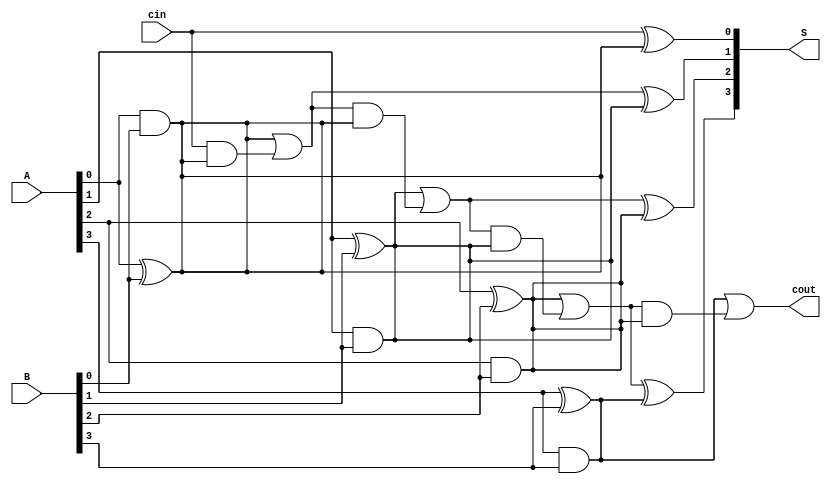
module Lab2_4_bit_CLA_gate(input [3:0] A, B, input cin, output [3:0] S, output cout);

    wire [3:0] P, G, C, C1;

    xor #(4) xor1(P[0], A[0], B[0]);
    xor #(4) xor2(P[1], A[1], B[1]);
    xor #(4) xor3(P[2], A[2], B[2]);
    xor #(4) xor4(P[3], A[3], B[3]);

    and #(2) and1(P[0], A[0], B[0]);
    and #(2) and2(P[1], A[1], B[1]);
    and #(2) and3(P[2], A[2], B[2]);
    and #(2) and4(P[3], A[3], B[3]);

    and #(2) and5(G[0], A[0], B[0]);
    and #(2) and6(G[1], A[1], B[1]);
    and #(2) and7(G[2], A[2], B[2]);
    and #(2) and8(G[3], A[3], B[3]);

    and #(2) and9(C1[0], cin, P[0]);
    or #(2) or1(C[1], G[0], C1[0]);
    and #(2) and10(C1[1], C[1], P[0]);
    or #(2) or2(C[2], G[1], C1[1]);
    and #(2) and11(C1[2], C[2], P[1]);
    or #(2) or3(C[3], G[2], C1[2]);
    and #(2) and12(C1[3], C[3], P[2]);
    or #(2) or4(cout, G[3], C1[3]);

    xor #(4) xor5(S[0], cin, P[0]);
    xor #(4) xor6(S[1], C[1], P[1]);
    xor #(4) xor7(S[2], C[2], P[2]);
    xor #(4) xor8(S[3], C[3], P[3]);

    

endmodule